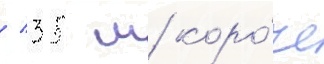
/ 35 м коро́че